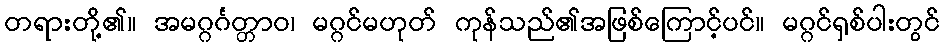
တရားတို့၏။ အမဂ္ဂင်္ဂတ္တာဝ၊ မဂ္ဂင်မဟုတ် ကုန်သည်၏အဖြစ်ကြောင့်ပင်။ မဂ္ဂင်ရှစ်ပါးတွင်